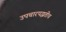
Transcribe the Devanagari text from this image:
उपचारपद्धतीच